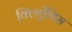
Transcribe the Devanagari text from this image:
क्लिऐंथिस